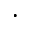
\cdot